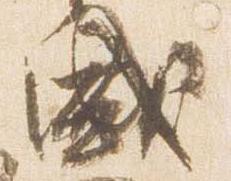
盛